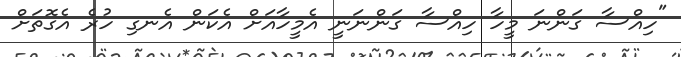
"ހިއްސާ ގަންނަ މީހާ ހިއްސާ ގަންނަނީ އެމީހާއަށް އެކަން އެނގި ހުރެ އެގޮތަށް